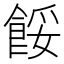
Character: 餒